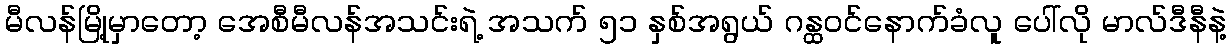
မီလန်မြို့မှာတော့ အေစီမီလန်အသင်းရဲ့ အသက် ၅၁ နှစ်အရွယ် ဂန္ထဝင်နောက်ခံလူ ပေါ်လို မာလ်ဒီနီနဲ့